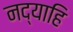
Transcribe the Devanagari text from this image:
नद्याहि